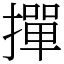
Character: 撣